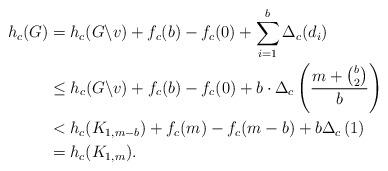
LaTeX: \begin{align*} h_c(G)&=h_c(G \backslash v) + f_c(b)-f_c(0)+\sum_{i=1}^b \Delta_c(d_i)\\ &\le h_c(G \backslash v)+f_c(b)-f_c(0)+b \cdot \Delta_c\left( \frac{m+\binom{b}{2}}{b}\right)\\ &< h_c(K_{1,m-b})+f_c(m)-f_c(m-b)+b \Delta_c\left(1\right)\\ &=h_c(K_{1,m}).\end{align*}